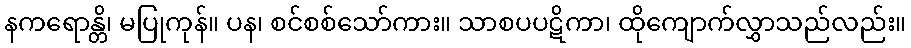
နကရောန္တိ၊ မပြုကုန်။ ပန၊ စင်စစ်သော်ကား။ သာစပပဋိကာ၊ ထိုကျောက်လွှာသည်လည်း။